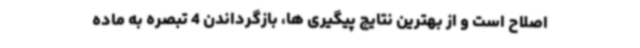
اصلاح است و از بهترین نتایج پیگیری ها، بازگرداندن 4 تبصره به ماده